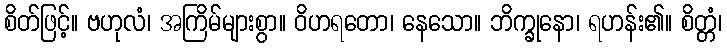
စိတ်ဖြင့်။ ဗဟုလံ၊ အကြိမ်များစွာ။ ဝိဟရတော၊ နေသော။ ဘိက္ခုနော၊ ရဟန်း၏။ စိတ္တံ၊